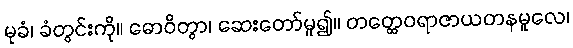
မုခံ၊ ခံတွင်းကို။ ဓောဝိတွာ၊ ဆေးတော်မူ၍။ တတ္ထေဝရာဇာယတနမူလေ၊